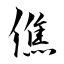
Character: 僬